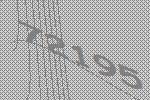
72195